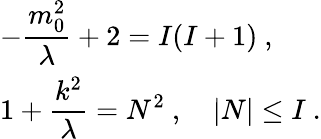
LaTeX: \begin{array}{l}{{\displaystyle-\frac{m_{0}^{2}}{\lambda}+2=I(I+1)~,}}\\ {{\displaystyle 1+\frac{k^{2}}{\lambda}=N^{2}~,\quad|N|\leq{I}~.}}\end{array}